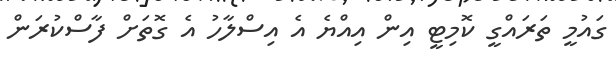
ގައުމީ ތަރައްގީ ކޮމިޓީ އިން އިއްޔެ އެ އިސްލާހު އެ ގޮތަށް ފާސްކުރަން